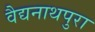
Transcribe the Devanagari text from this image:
वैद्यनाथपुरा